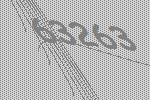
63263